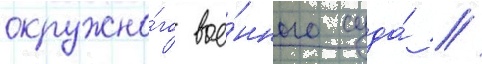
окружно́го вое́нного суда́ //